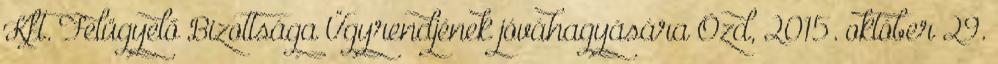
Kft. Felügyelő Bizottsága Ügyrendjének jóváhagyására Ózd, 2015. október 29.